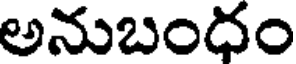
అనుబందం